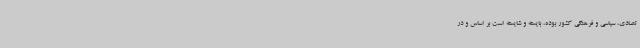
تصادی، سیاسی و فرهنگی کشور بوده، بایسته و شایسته است بر اساس و در